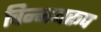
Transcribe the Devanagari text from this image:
चिन्मयरूप